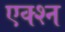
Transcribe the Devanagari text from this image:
एक्श्‍न